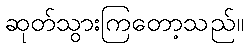
ဆုတ်သွားကြတော့သည်။